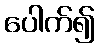
ပေါက်၍